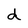
Character: d